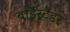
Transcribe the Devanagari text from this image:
बाईस्टैंडर